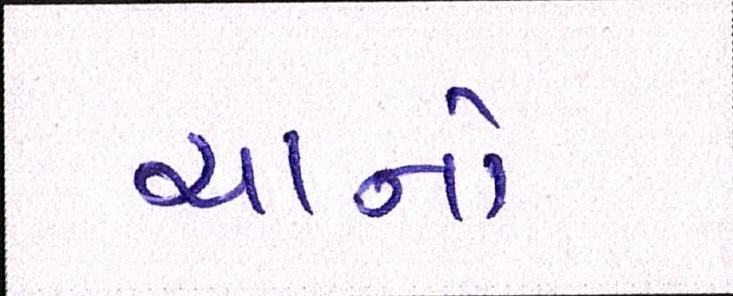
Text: ચાનો